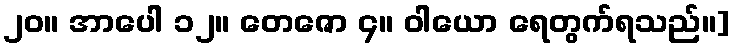
၂၀။ အာပေါ ၁၂။ တေဇော ၄။ ဝါယော ရေတွက်ရသည်။]